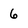
Character: 6